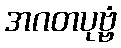
အဂတပုဗ္ဗံ